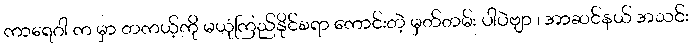
ကာရေဂါ က မှာ တကယ့်ကို မယုံကြည်နိုင်စရာ ကောင်းတဲ့ မှတ်တမ်း ပါပဲဗျာ ၊ အာဆင်နယ် အသင်း